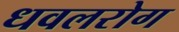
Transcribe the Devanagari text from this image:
धवलरोग